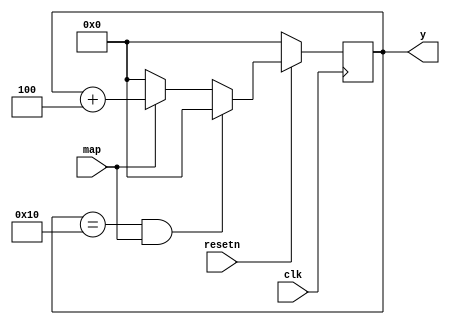
module y_update(input map,input clk, input resetn, output reg [7:0] y);



 always@(posedge clk)
 if(resetn == 1'b0)
 y <= 8'd0;
 else if(y == 8'd16 && map)
 y <= 8'd0;
 else if(map)
 y <= y + 3'd4;
 else if(!map) y<=8'd0;
 
endmodule